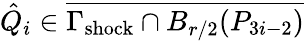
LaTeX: \hat{Q}_{i}\in\overline{{\Gamma_{\mathrm{{shock}}}\cap B_{r/2}(P_{3i-2})}}